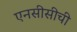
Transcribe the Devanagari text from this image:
एनसीसीची